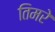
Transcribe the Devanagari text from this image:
तिमरे